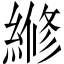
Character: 𬗲